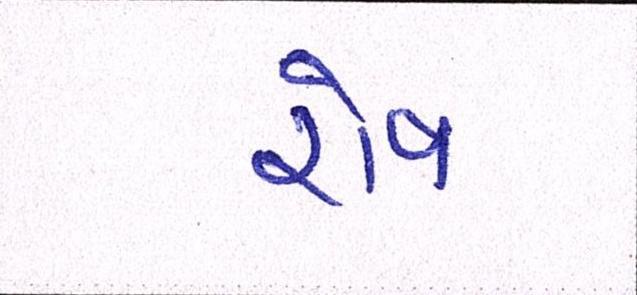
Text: રોષ